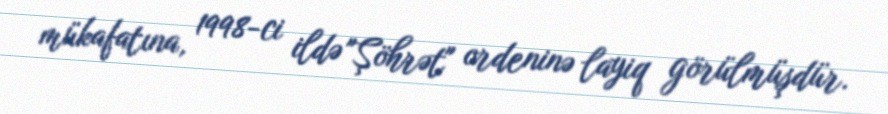
mükafatına, 1998-ci ildə "Şöhrət" ordeninə layiq görülmüşdür.